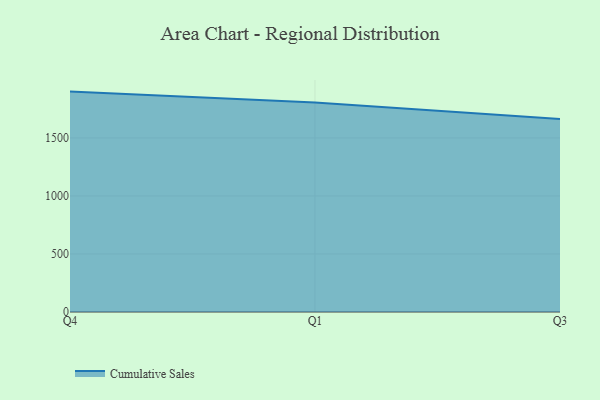
{"axis": {"x": "Quarter", "y": "Satisfaction Score"}, "legend": ["Cumulative Sales"], "data": [{"x": "Q4", "y": 1899.5, "type": "Cumulative Sales"}, {"x": "Q1", "y": 1804.5, "type": "Cumulative Sales"}, {"x": "Q3", "y": 1662.8, "type": "Cumulative Sales"}]}